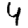
Digit: 4